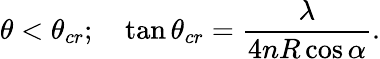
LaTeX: \theta<\theta_{cr};\quad\tan\theta_{cr}=\frac{\lambda}{4nR\cos\alpha}.